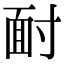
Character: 𩈃